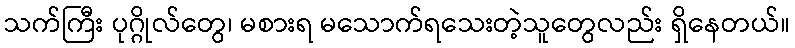
သက်ကြီး ပုဂ္ဂိုလ်တွေ၊ မစားရ မသောက်ရသေးတဲ့သူတွေလည်း ရှိနေတယ်။